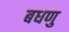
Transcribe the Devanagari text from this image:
बधणु